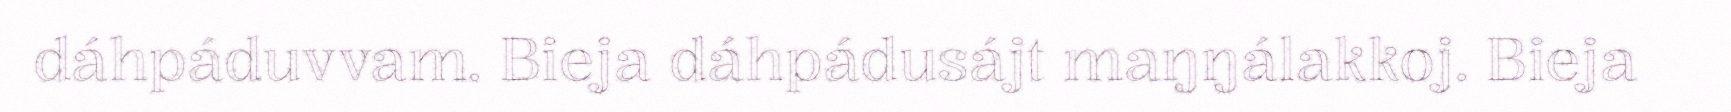
dáhpáduvvam. Bieja dáhpádusájt maŋŋálakkoj. Bieja